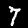
Label: 7